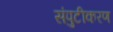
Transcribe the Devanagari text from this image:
संपुटीकरण